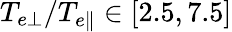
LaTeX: T_{e\perp}/T_{e\parallel}\in[2.5,7.5]